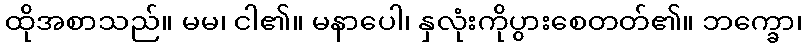
ထိုအစာသည်။ မမ၊ ငါ၏။ မနာပေါ၊ နှလုံးကိုပွားစေတတ်၏။ ဘက္ခော၊